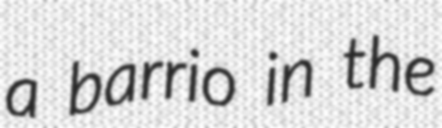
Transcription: a barrio in the